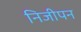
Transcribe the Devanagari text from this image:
निजीपन